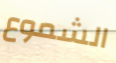
الشموع